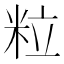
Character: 粒